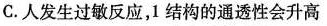
C. 人发生过敏反应，1 结构的通透性会升高